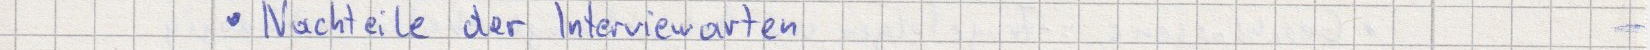
Nachteile der Interviewarten